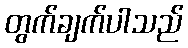
တွက်ချက်ပါသည်